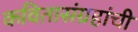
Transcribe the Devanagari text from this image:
कवितासंग्रहांची